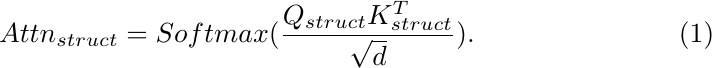
\begin{gather}
Attn_{struct}=Softmax(\frac{Q_{struct}K_{struct}^T}{\sqrt{d}}).
\end{gather}